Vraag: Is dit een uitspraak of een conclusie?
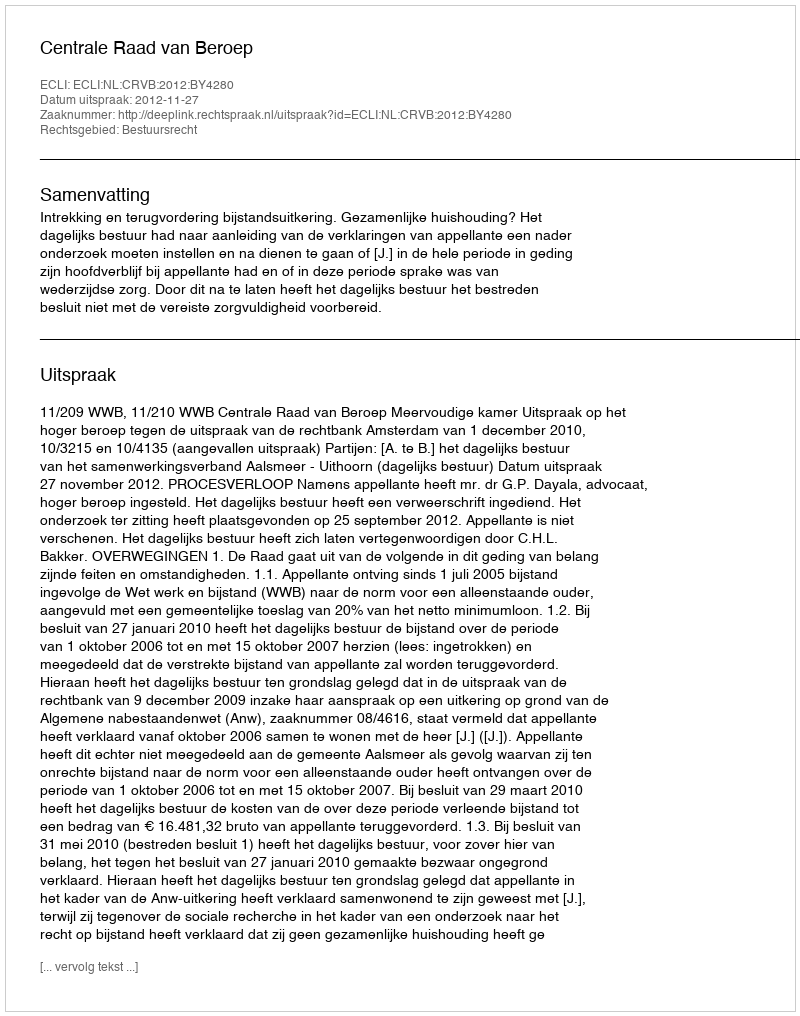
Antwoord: Uitspraak